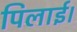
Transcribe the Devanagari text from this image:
पिलाई।